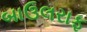
બાઉલરાફ